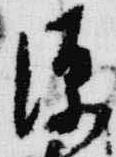
源